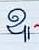
ឩ